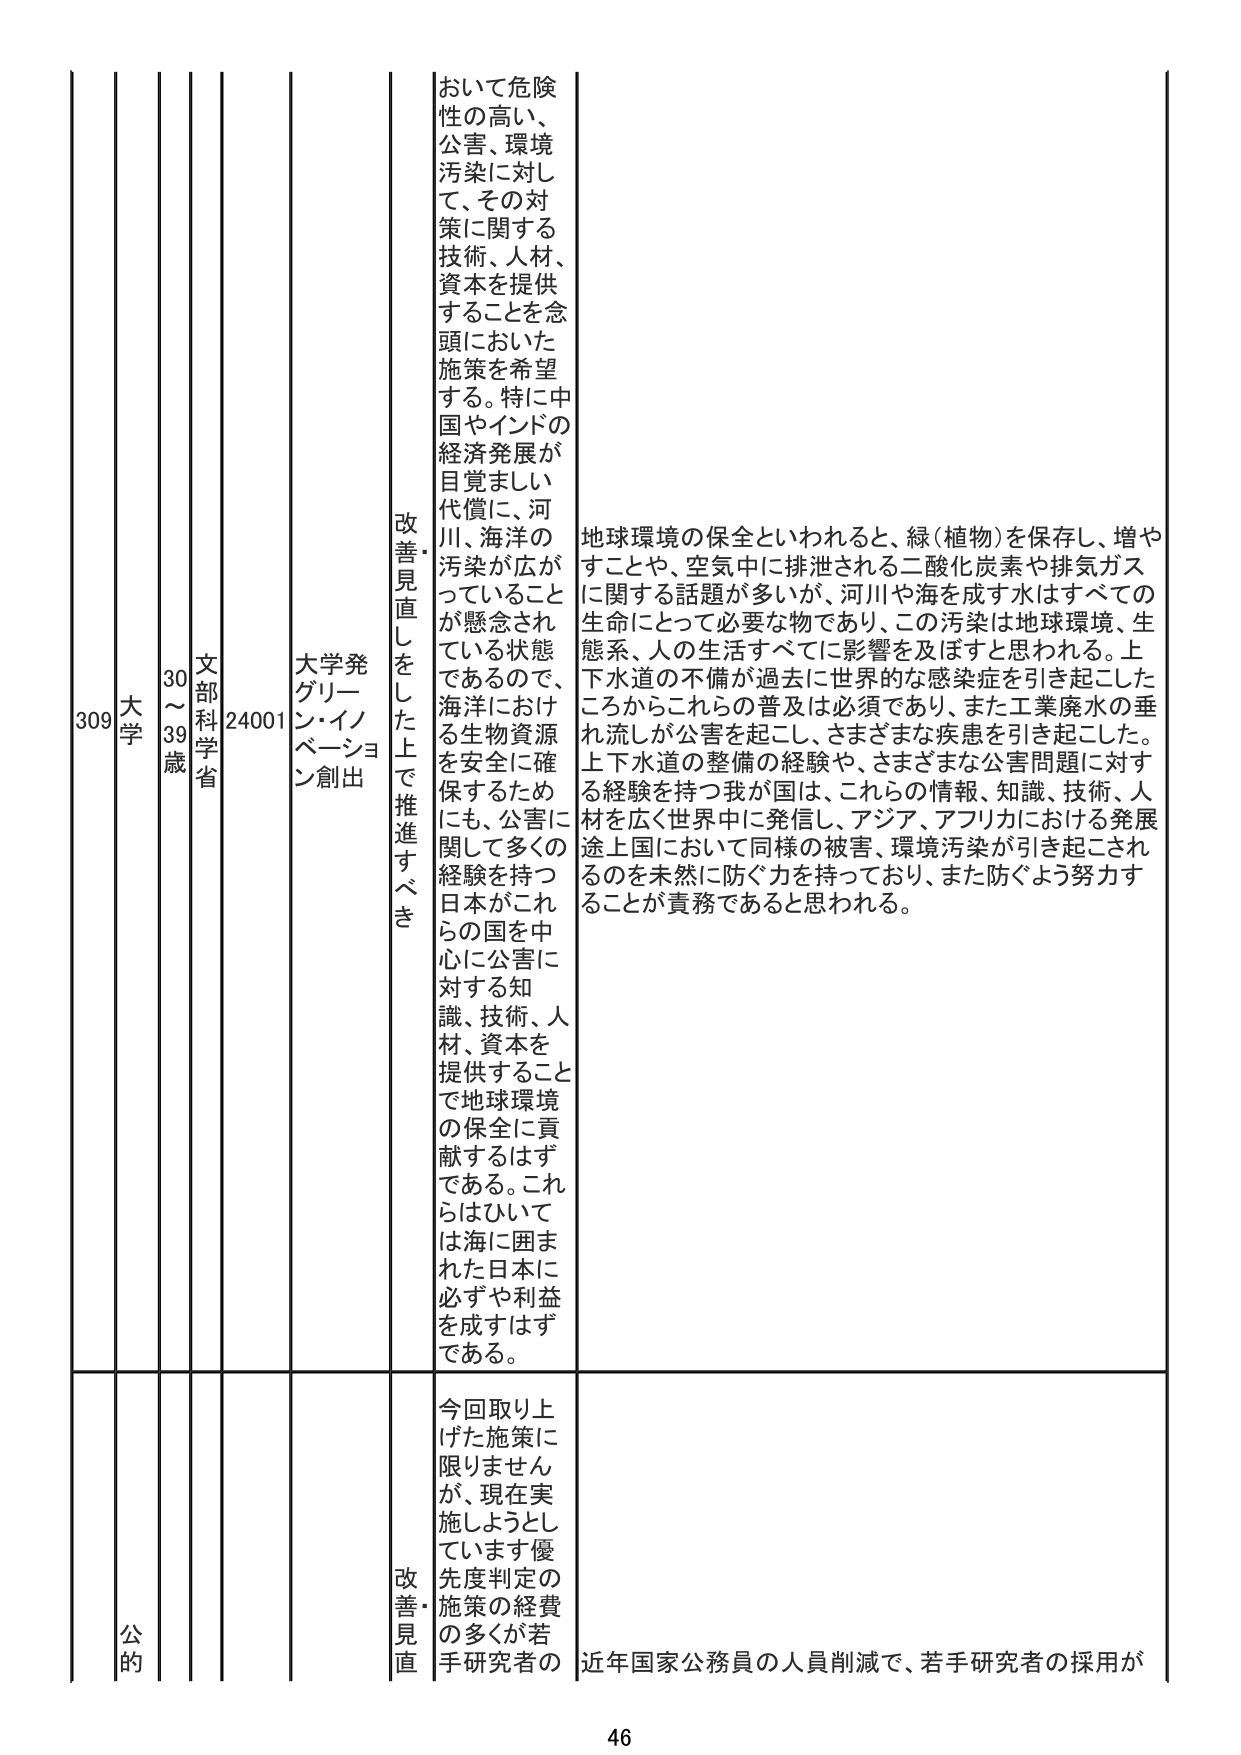
309 大学 30～39歳 文部科学省 24001 大学発グリーン・イノベーション創出 改善・見直しをした上で推進すべき おいて危険性の高い、公害、環境汚染に対して、その対策に関する技術、人材、資本を提供することを念頭においた施策を希望する。特に中国やインドの経済発展が目覚ましい代償に、河川、海洋の汚染が広がっていることが懸念されている状態であるので、海洋における生物資源を安全に確保するためにも、公害に関して多くの経験を持つ日本がこれらの国を中心に公害に対する知識、技術、人材、資本を提供することで地球環境の保全に貢献するはずである。これらはひいては海に囲まれた日本に必ずや利益を成すはずである。 地球環境の保全といわれると、緑（植物）を保存し、増やすことや、空気中に排泄される二酸化炭素や排気ガスに関する話題が多いが、河川や海を成す水はすべての生命にとって必要な物であり、この汚染は地球環境、生態系、人の生活すべてに影響を及ぼすと思われる。上下水道の不備が過去に世界的な感染症を引き起こしたころからこれらの普及は必須であり、また工業廃水の垂れ流しが公害を起こし、さまざまな疾患を引き起こした。上下水道の整備の経験や、さまざまな公害問題に対する経験を持つ我が国は、これらの情報、知識、技術、人材を広く世界中に発信し、アジア、アフリカにおける発展途上国において同様の被害、環境汚染が引き起こされるのを未然に防ぐ力を持っており、また防ぐよう努力することが責務であると思われる。 公的 改善・見直し 今回取り上げた施策に限りませんが、現在実施しようとしています優先度判定の施策の経費の多くが若手研究者の 近年国家公務員の人員削減で、若手研究者の採用が 46